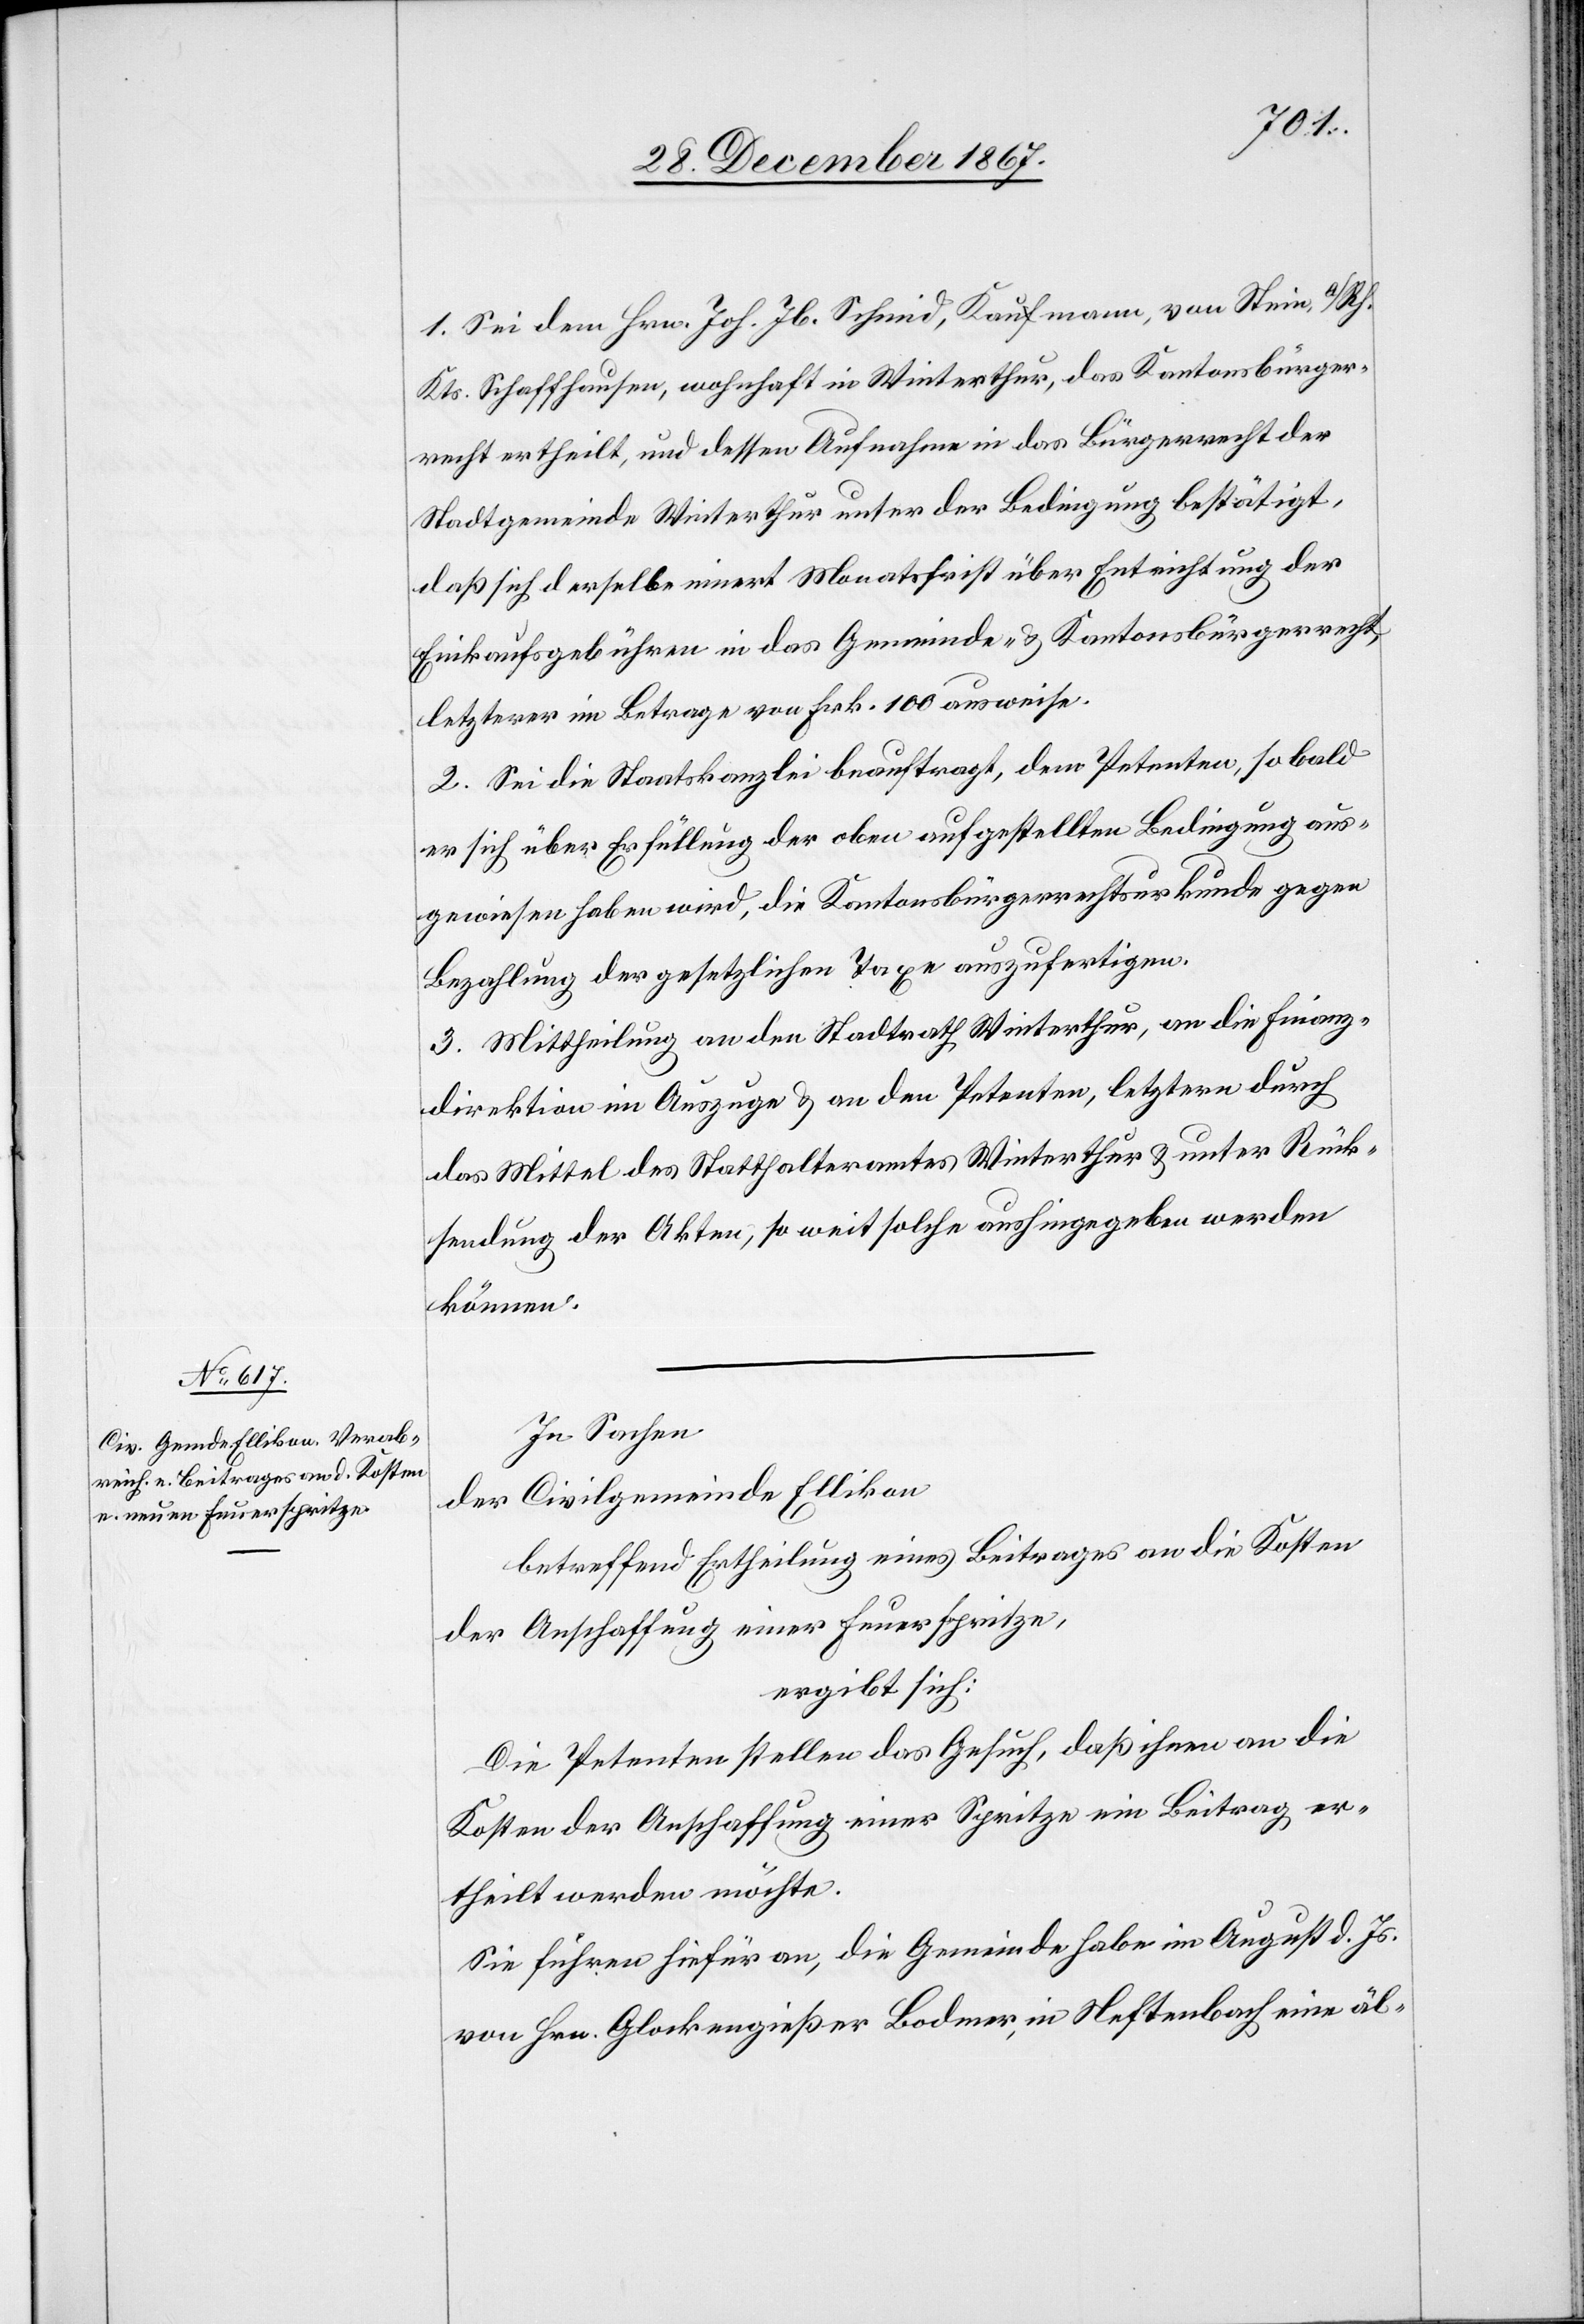
1. Sei dem Hrn. Joh. Jb. Schmid, Kaufmann, von Stein a/Rh.
Kts. Schaffhausen, wohnhaft in Winterthur, das Kantonsbürger¬
recht ertheilt, und dessen Aufnahme in das Bürgerrecht der
Stadtgemeinde Winterthur unter der Bedingung bestätigt,
daß sich derselbe innert Monatsfrist über Entrichtung der
Einkaufsgebühren in das Gemeinde- u. Kantonsbürgerrecht,
letzterer im Betrage von Frk. 100 ausweise.
2. Sei die Staatskanzlei beauftragt, dem Petenten, so bald
er sich über Erfüllung der oben aufgestellten Bedingung aus¬
gewiesen haben wird, die Kantonsbürgerrechtsurkunde gegen
Bezahlung der gesetzlichen Taxe auszufertigen.
3. Mittheilung an den Stadtrath Winterthur, an die Finanz¬
direktion im Auszuge u. an den Petenten, letztern durch
das Mittel des Statthalteramtes Winterthur u. unter Rück¬
sendung der Akten, so weit solche aushingegeben werden
können.
In Sachen
der Civilgemeinde Ellikon
betreffend Ertheilung eines Beitrages an die Kosten
der Anschaffung einer Feuerspritze,
ergibt sich:
Die Petenten stellen das Gesuch, daß ihnen an die
Kosten der Anschaffung einer Spritze ein Beitrag er¬
theilt werden möchte.
Sie führen hiefür an, die Gemeinde habe im August d. Js.
von Hrn. Glockengießer Bodmer, in Neftenbach eine äl-